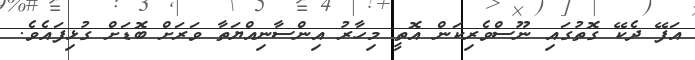
އަފޭ ދެކޭ ގޮތުގައި ނޫސްވެރިކަން އޮތީ މިހާރު އިންސާނިއްޔަތާ ވަރަށް ބޮޑަށް ގުޅިފައެވެ.